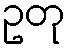
ဥတု